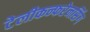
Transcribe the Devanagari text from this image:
टेलीकन्फरेनसिंग